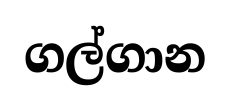
ගල්ගාන